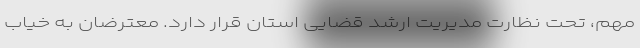
مهم، تحت نظارت مدیریت ارشد قضایی استان قرار دارد. معترضان به خیاب